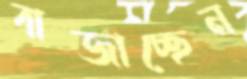
বাজাচ্ছেন